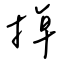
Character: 掉